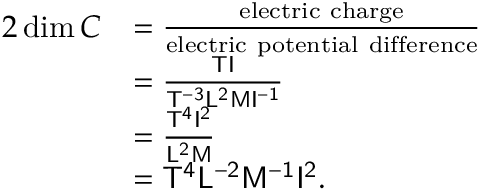
{ \begin{array} { r l } { { 2 } \dim C } & { = { \frac { \mathrm { e l e c t r i c ~ c h a r g e } } { \mathrm { e l e c t r i c ~ p o t e n t i a l ~ d i f f e r e n c e } } } } \\ & { = { \frac { { \mathsf { T } } { \mathsf { I } } } { { \mathsf { T ^ { - 3 } } } { \mathsf { L ^ { 2 } } } { \mathsf { M } } { \mathsf { I ^ { - 1 } } } } } } \\ & { = { \frac { { \mathsf { T ^ { 4 } } } { \mathsf { I ^ { 2 } } } } { { \mathsf { L ^ { 2 } } } { \mathsf { M } } } } } \\ & { = { \mathsf { T ^ { 4 } } } { \mathsf { L ^ { - 2 } } } { \mathsf { M ^ { - 1 } } } { \mathsf { I ^ { 2 } } } . } \end{array} }